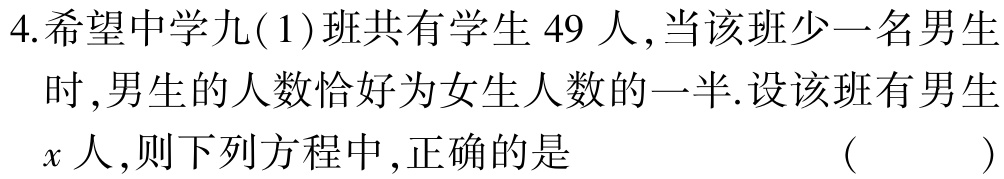
4.希望中学九(1)班共有学生$49$人,当该班少一名男生时,男生的人数恰好为女生人数的一半.设该班有男生$x$人,则下列方程中,正确的是 （  ）